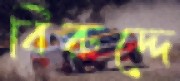
বিরুদ্দে